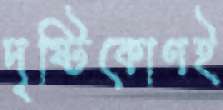
দৃষ্টিকোণই